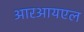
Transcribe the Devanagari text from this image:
आरआयएल